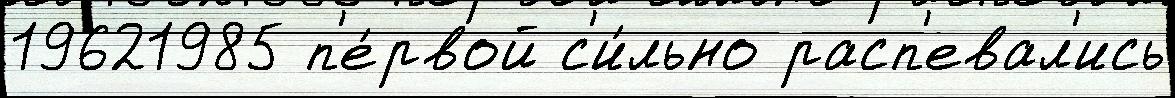
19621985 п'е́рвой с'и́льно расп'евал'ись